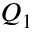
Q _ { 1 }